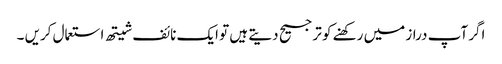
اگر آپ دراز میں رکھنے کو ترجیح دیتے ہیں تو ایک نائف شیتھ استعمال کریں ۔